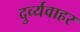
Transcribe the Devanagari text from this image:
दुर्व्यवाहर